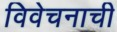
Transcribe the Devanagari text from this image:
विवेचनाची